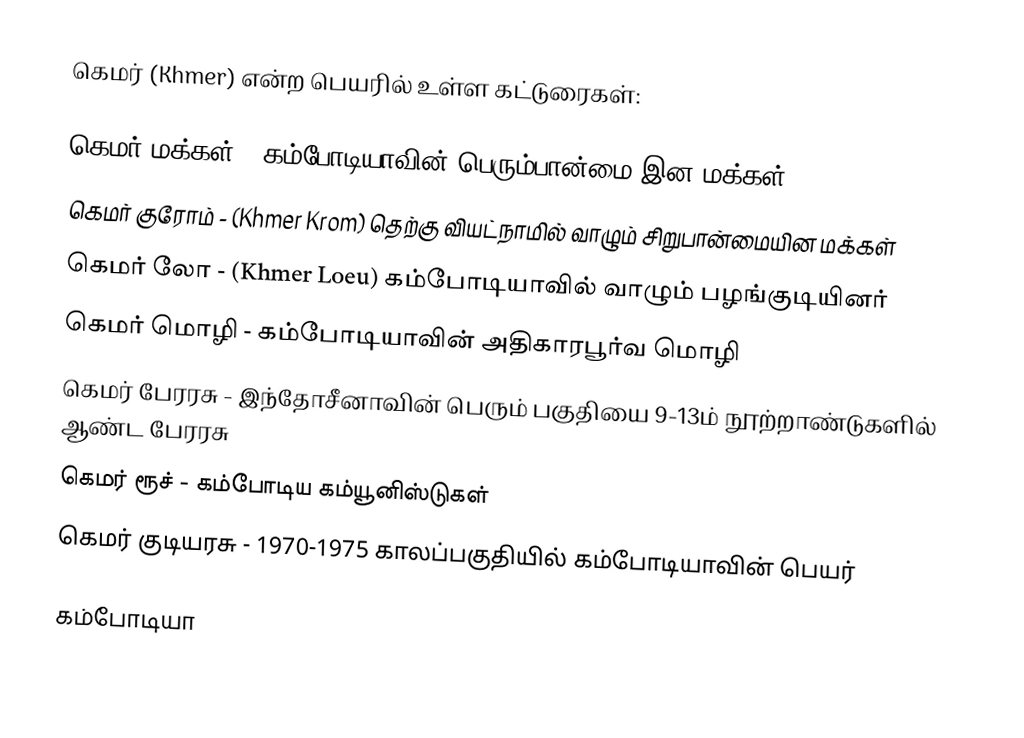
கெமர் (Khmer) என்ற பெயரில் உள்ள கட்டுரைகள்:

 கெமர் மக்கள் - கம்போடியாவின் பெரும்பான்மை இன மக்கள்
 கெமர் குரோம் - (Khmer Krom) தெற்கு வியட்நாமில் வாழும் சிறுபான்மையின மக்கள்
 கெமர் லோ - (Khmer Loeu) கம்போடியாவில் வாழும் பழங்குடியினர்
 கெமர் மொழி - கம்போடியாவின் அதிகாரபூர்வ மொழி
 கெமர் பேரரசு - இந்தோசீனாவின் பெரும் பகுதியை 9-13ம் நூற்றாண்டுகளில் ஆண்ட பேரரசு
 கெமர் ரூச் - கம்போடிய கம்யூனிஸ்டுகள்
 கெமர் குடியரசு - 1970-1975 காலப்பகுதியில் கம்போடியாவின் பெயர்

கம்போடியா